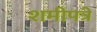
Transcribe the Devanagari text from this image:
शमीपत्रे